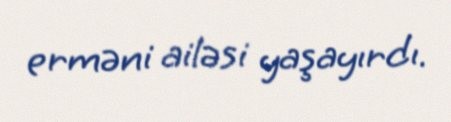
erməni ailəsi yaşayırdı.